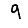
Digit: 9